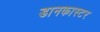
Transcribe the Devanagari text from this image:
डानकास्टर